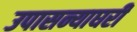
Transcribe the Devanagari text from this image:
उपासन्याघरी